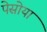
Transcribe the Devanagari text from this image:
पेसोया